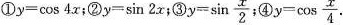
①$$y = \cos 4 x$$；②$$y = \sin 2 x$$；③$$y = \sin \frac { x } { 2 }$$; ④$$y = \cos \frac { x } { 4 }$$.